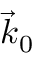
\vec { k } _ { 0 }